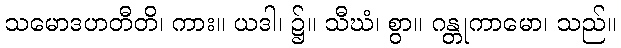
သမောဒဟတီတိ၊ ကား။ ယဒါ၊ ၌။ သီဃံ၊ စွာ။ ဂန္တုကာမော၊ သည်။